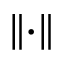
\lVert \cdot \rVert